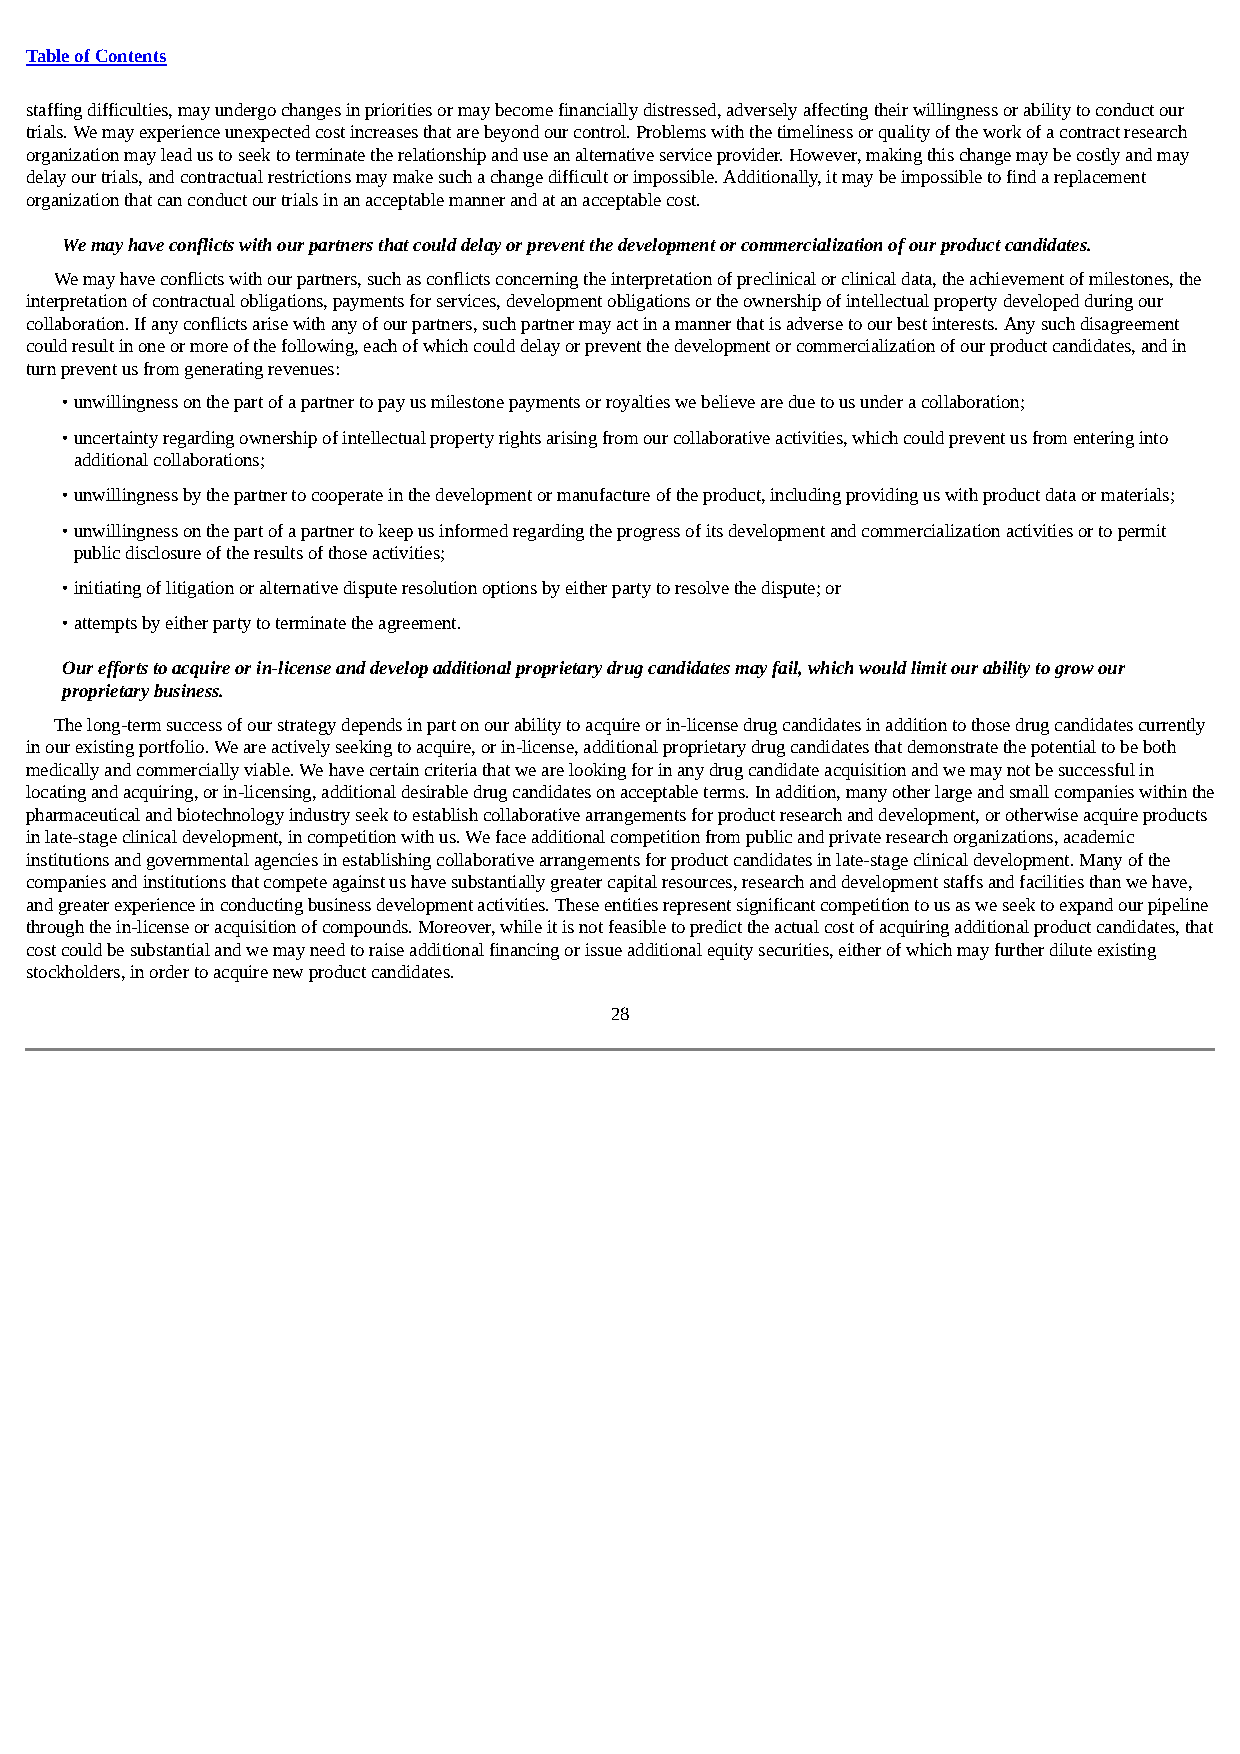
Table of Contents
 staffing difficulties, may undergo changes in priorities or may become financially distressed, adversely affecting their willingness or ability to conduct our
 trials. We may experience unexpected cost increases that are beyond our control. Problems with the timeliness or quality of the work of a contract research
 organization may lead us to seek to terminate the relationship and use an alternative service provider. However, making this change may be costly and may
 delay our trials, and contractual restrictions may make such a change difficult or impossible. Additionally, it may be impossible to find a replacement
 organization that can conduct our trials in an acceptable manner and at an acceptable cost.
 We may have conflicts with our partners that could delay or prevent the development or commercialization of our product candidates.
 We may have conflicts with our partners, such as conflicts concerning the interpretation of preclinical or clinical data, the achievement of milestones, the
 interpretation of contractual obligations, payments for services, development obligations or the ownership of intellectual property developed during our
 collaboration. If any conflicts arise with any of our partners, such partner may act in a manner that is adverse to our best interests. Any such disagreement
 could result in one or more of the following, each of which could delay or prevent the development or commercialization of our product candidates, and in
 turn prevent us from generating revenues:
 • unwillingness on the part of a partner to pay us milestone payments or royalties we believe are due to us under a collaboration;
 • uncertainty regarding ownership of intellectual property rights arising from our collaborative activities, which could prevent us from entering into
 additional collaborations;
 • unwillingness by the partner to cooperate in the development or manufacture of the product, including providing us with product data or materials;
 • unwillingness on the part of a partner to keep us informed regarding the progress of its development and commercialization activities or to permit
 public disclosure of the results of those activities;
 • initiating of litigation or alternative dispute resolution options by either party to resolve the dispute; or
 • attempts by either party to terminate the agreement.
 Our efforts to acquire or in-license and develop additional proprietary drug candidates may fail, which would limit our ability to grow our
 proprietary business.
 The long-term success of our strategy depends in part on our ability to acquire or in-license drug candidates in addition to those drug candidates currently
 in our existing portfolio. We are actively seeking to acquire, or in-license, additional proprietary drug candidates that demonstrate the potential to be both
 medically and commercially viable. We have certain criteria that we are looking for in any drug candidate acquisition and we may not be successful in
 locating and acquiring, or in-licensing, additional desirable drug candidates on acceptable terms. In addition, many other large and small companies within the
 pharmaceutical and biotechnology industry seek to establish collaborative arrangements for product research and development, or otherwise acquire products
 in late-stage clinical development, in competition with us. We face additional competition from public and private research organizations, academic
 institutions and governmental agencies in establishing collaborative arrangements for product candidates in late-stage clinical development. Many of the
 companies and institutions that compete against us have substantially greater capital resources, research and development staffs and facilities than we have,
 and greater experience in conducting business development activities. These entities represent significant competition to us as we seek to expand our pipeline
 through the in-license or acquisition of compounds. Moreover, while it is not feasible to predict the actual cost of acquiring additional product candidates, that
 cost could be substantial and we may need to raise additional financing or issue additional equity securities, either of which may further dilute existing
 stockholders, in order to acquire new product candidates.
 28